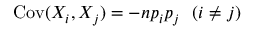
\operatorname { C o v } ( X _ { i } , X _ { j } ) = - n p _ { i } p _ { j } ~ ~ ( i \neq j )